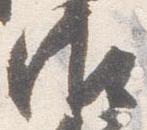
御